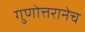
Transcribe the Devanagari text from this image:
गुणोत्तरानेच